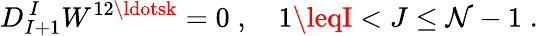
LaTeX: D_{I+1}^{\, I}W^{12\ldotsk}=0\; ,\quad1\leqI<J\leq\mathcal{N}-1\; .